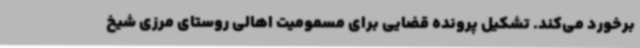
برخورد می‌کند. تشکیل پرونده قضایی برای مسمومیت اهالی روستای مرزی شیخ